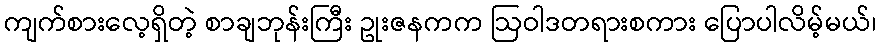
ကျက်စားလေ့ရှိတဲ့ စာချဘုန်းကြီး ဥုးဇနကက ဩဝါဒတရားစကား ပြောပါလိမ့်မယ်၊